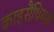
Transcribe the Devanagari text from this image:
क्राइसैंथिमस